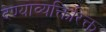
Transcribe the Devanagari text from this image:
देण्याव्यक्तिरिक्त